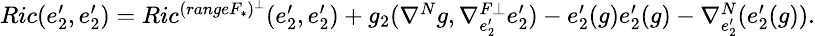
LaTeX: \small\begin{array}{ll}{Ric(e_{2}^{\prime},e_{2}^{\prime})=Ric^{(rangeF_{\ast})^{\bot}}(e_{2}^{\prime},e_{2}^{\prime})+g_{2}(\nabla^{N}g,\nabla_{e_{2}^{\prime}}^{F\bot}e_{2}^{\prime})-e_{2}^{\prime}(g)e_{2}^{\prime}(g)-\nabla_{e_{2}^{\prime}}^{N}(e_{2}^{\prime}(g)).}\end{array}